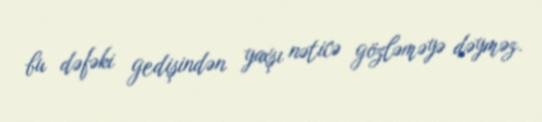
bu dəfəki gedişindən yaxşı nəticə gözləməyə dəyməz.